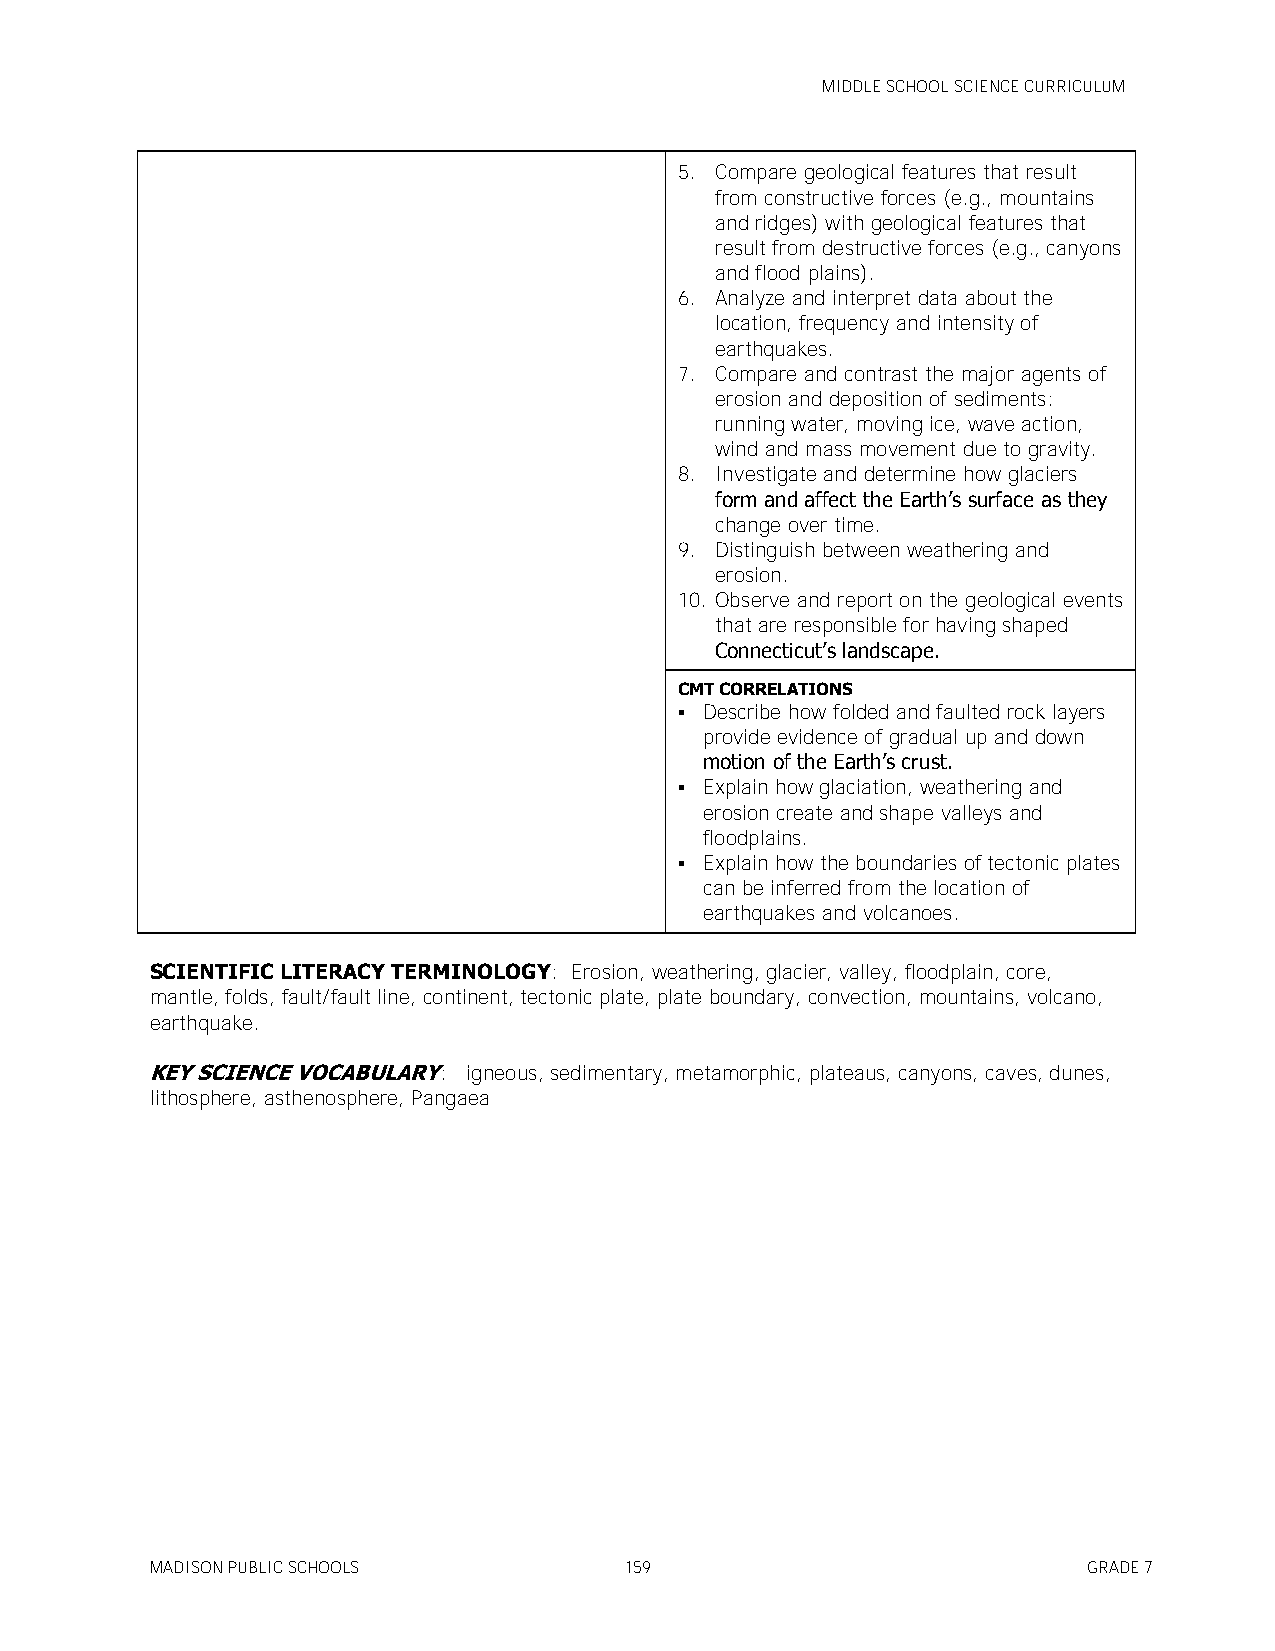
MIDDLE SCHOOL SCIENCE CURRICULUM
 5. Compare geological features that result
 from constructive forces (e.g., mountains
 and ridges) with geological features that
 result from destructive forces (e.g., canyons
 and flood plains).
 6. Analyze and interpret data about the
 location, frequency and intensity of
 earthquakes.
 7. Compare and contrast the major agents of
 erosion and deposition of sediments:
 running water, moving ice, wave action,
 wind and mass movement due to gravity.
 8. Investigate and determine how glaciers
 form and affect the Earth’s surface as they
 change over time.
 9. Distinguish between weathering and
 erosion.
 10. Observe and report on the geological events
 that are responsible for having shaped
 Connecticut’s landscape.
 CMT CORRELATIONS
  Describe how folded and faulted rock layers
 provide evidence of gradual up and down
 motion of the Earth’s crust.
  Explain how glaciation, weathering and
 erosion create and shape valleys and
 floodplains.
  Explain how the boundaries of tectonic plates
 can be inferred from the location of
 earthquakes and volcanoes.
 SCIENTIFIC LITERACY TERMINOLOGY: Erosion, weathering, glacier, valley, floodplain, core,
 mantle, folds, fault/fault line, continent, tectonic plate, plate boundary, convection, mountains, volcano,
 earthquake.
 KEY SCIENCE VOCABULARY: igneous, sedimentary, metamorphic, plateaus, canyons, caves, dunes,
 lithosphere, asthenosphere, Pangaea
 MADISON PUBLIC SCHOOLS         159                            GRADE 7